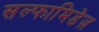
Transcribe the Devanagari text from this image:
सल्फामिडेज़